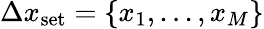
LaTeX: \Delta x_{\textrm{set}}=\{ x_{1},...,x_{M}\}